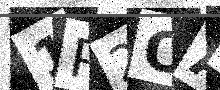
Text: 1P2OAH